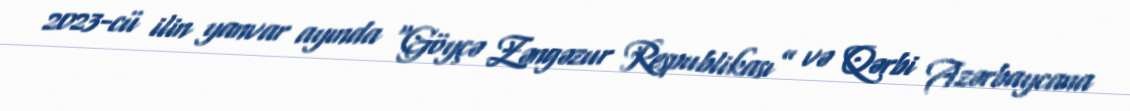
2023-cü ilin yanvar ayında “Göyçə Zəngəzur Respublikası” və Qərbi Azərbaycana